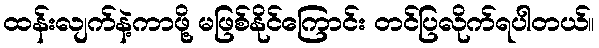
ထန်းလျက်နဲ့ကာဖို့ မဖြစ်နိုင်ကြောင်း တင်ပြလိုက်ရပါတယ်။